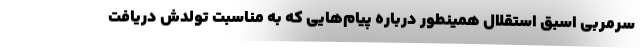
سرمربی اسبق استقلال همینطور درباره پیام‌هایی که به مناسبت تولدش دریافت